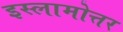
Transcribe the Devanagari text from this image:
इस्लामोत्तर